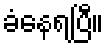
ခံနေရပြီ။